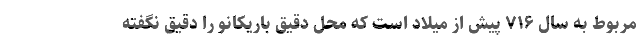
مربوط به سال ۷۱۶ پیش از میلاد است که محل دقیق باریکانو را دقیق نگفته